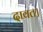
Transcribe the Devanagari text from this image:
दावत।